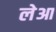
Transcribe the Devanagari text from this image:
लेआ